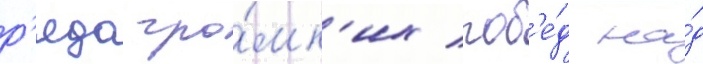
р'яда гро́мк'их поб'е́д на́д